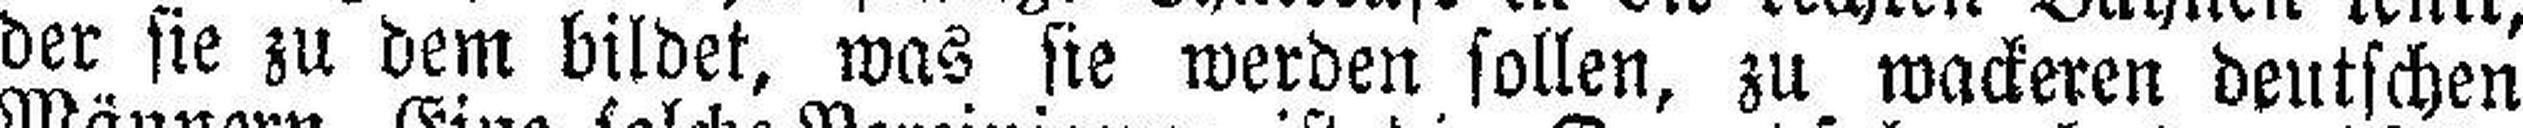
der sie zu dem bildet, was sie werden sollen, zu wackeren deutschen